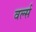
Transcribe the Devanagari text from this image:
वर्ल्स